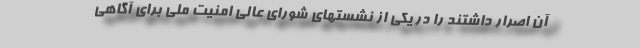
آن اصرار داشتند را در یکی از نشستهای شورای عالی امنیت ملی برای آگاهی